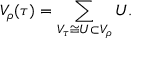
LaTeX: V _ { \rho } ( \tau ) = \sum _ { V _ { \tau } \cong U \subset V _ { \rho } } U .